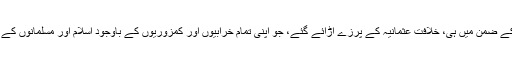
محاذوں کی تکثیر کی کارروائی کے ضمن میں ہی، خلافتِ عثمانیہ کے پرزے اُڑائے گئے، جو اپنی تمام خرابیوں اور کمزوریوں کے باوجود اِسلام اور مسلمانوں کے لیے ڈھال کی حیثیت رکھتی تھی۔